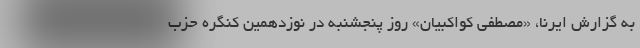
به گزارش ایرنا، «مصطفی کواکبیان» روز پنجشنبه در نوزدهمین کنگره حزب